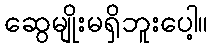
ဆွေမျိုးမရှိဘူးပေါ့။